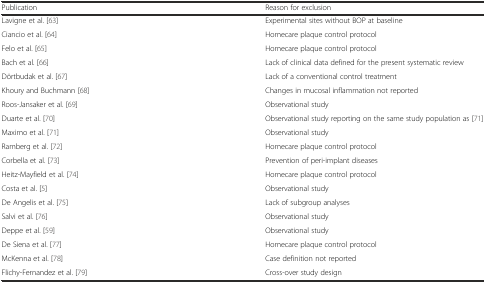
<table><thead><tr><td><b>Publication</b></td><td><b>Reason for exclusion</b></td></tr></thead><tbody><tr><td>Lavigne et al. [63]</td><td>Experimental sites without BOP at baseline</td></tr><tr><td>Ciancio et al. [64]</td><td>Homecare plaque control protocol</td></tr><tr><td>Felo et al. [65]</td><td>Homecare plaque control protocol</td></tr><tr><td>Bach et al. [66]</td><td>Lack of clinical data defined for the present systematic review</td></tr><tr><td>Dörtbudak et al. [67]</td><td>Lack of a conventional control treatment</td></tr><tr><td>Khoury and Buchmann [68]</td><td>Changes in mucosal inflammation not reported</td></tr><tr><td>Roos-Jansaker et al. [69]</td><td>Observational study</td></tr><tr><td>Duarte et al. [70]</td><td>Observational study reporting on the same study population as [71]</td></tr><tr><td>Maximo et al. [71]</td><td>Observational study</td></tr><tr><td>Ramberg et al. [72]</td><td>Homecare plaque control protocol</td></tr><tr><td>Corbella et al. [73]</td><td>Prevention of peri-implant diseases</td></tr><tr><td>Heitz-Mayfield et al. [74]</td><td>Homecare plaque control protocol</td></tr><tr><td>Costa et al. [5]</td><td>Observational study</td></tr><tr><td>De Angelis et al. [75]</td><td>Lack of subgroup analyses</td></tr><tr><td>Salvi et al. [76]</td><td>Observational study</td></tr><tr><td>Deppe et al. [59]</td><td>Observational study</td></tr><tr><td>De Siena et al. [77]</td><td>Homecare plaque control protocol</td></tr><tr><td>McKenna et al. [78]</td><td>Case definition not reported</td></tr><tr><td>Flichy-Fernandez et al. [79]</td><td>Cross-over study design</td></tr></tbody></table>